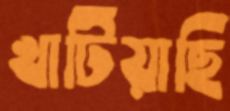
খাটিয়াছি